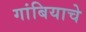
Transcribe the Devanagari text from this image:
गांबियाचे